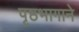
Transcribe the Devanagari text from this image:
पृष्ठभागाने